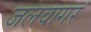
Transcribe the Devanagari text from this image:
जलवागर